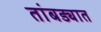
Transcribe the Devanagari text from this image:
तांबड्यात